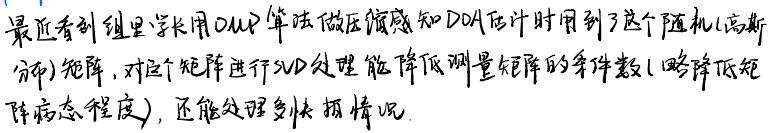
最近看到组里学长用OMP算法做压缩感知DDA估计时用到了这个随机(高斯分布)矩阵，对这个矩阵进行JD处理能降低测量矩阵的条件数(略降低矩阵病态程度)，还能处理多快拍情况。